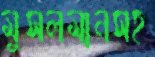
মুসলমানসহ